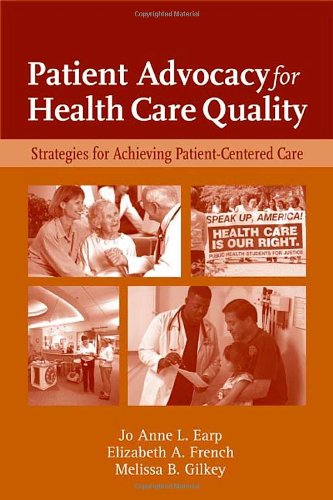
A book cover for Patient Advocacy For Health Care Quality: Strategies For Achieving Patient-Centered Care; Jo Anne L. Earp; Medical Books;